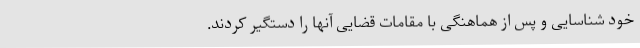
خود شناسایی و پس از هماهنگی با مقامات قضایی آنها را دستگیر کردند.